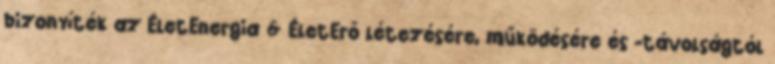
bizonyíték az ÉletEnergia & ÉletErő létezésére, működésére és -távolságtól